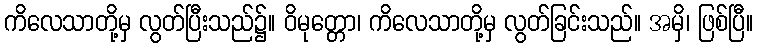
ကိလေသာတို့မှ လွတ်ပြီးသည်၌။ ဝိမုတ္တော၊ ကိလေသာတို့မှ လွတ်ခြင်းသည်။ အမှိ၊ ဖြစ်ပြီ။